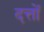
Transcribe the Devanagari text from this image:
दत्तों